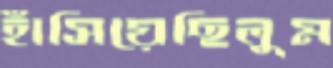
হাঁসিয়েছিলুম